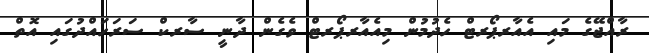
ރާއްޖޭގެ މައި އެއާރޕޯރޓް ހެދުމުން މިއެއާރޕޯރޓް ވެގެން ދާނީ ސާރކް ސަރަހައްދުގައި އޮތް